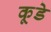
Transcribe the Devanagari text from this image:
कूडे